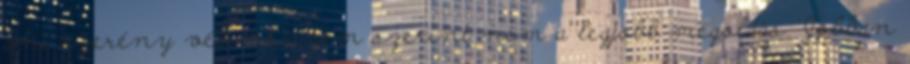
ami szerény véleményem szerint nem a legjobb megoldás. Jobban